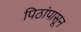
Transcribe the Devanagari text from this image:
पिठांपासून